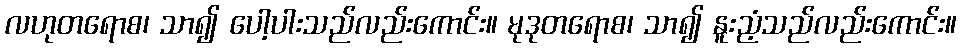
လဟုတရောစ၊ သာ၍ ပေါ့ပါးသည်လည်းကောင်း။ မုဒုတရောစ၊ သာ၍ နူးညံ့သည်လည်းကောင်း။